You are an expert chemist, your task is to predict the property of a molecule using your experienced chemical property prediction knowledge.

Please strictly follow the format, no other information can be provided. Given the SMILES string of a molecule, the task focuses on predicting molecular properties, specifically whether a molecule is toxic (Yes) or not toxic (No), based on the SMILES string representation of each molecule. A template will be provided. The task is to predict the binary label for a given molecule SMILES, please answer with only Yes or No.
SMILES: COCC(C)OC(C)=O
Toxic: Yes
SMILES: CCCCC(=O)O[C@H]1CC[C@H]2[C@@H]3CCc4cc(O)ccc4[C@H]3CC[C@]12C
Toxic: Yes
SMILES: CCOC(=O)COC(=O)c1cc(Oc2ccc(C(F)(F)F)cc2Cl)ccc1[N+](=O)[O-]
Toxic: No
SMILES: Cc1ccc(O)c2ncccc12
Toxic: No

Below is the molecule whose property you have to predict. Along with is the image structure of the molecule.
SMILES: NNS(=O)(=O)c1ccc(Oc2ccc(S(=O)(=O)NN)cc2)cc1
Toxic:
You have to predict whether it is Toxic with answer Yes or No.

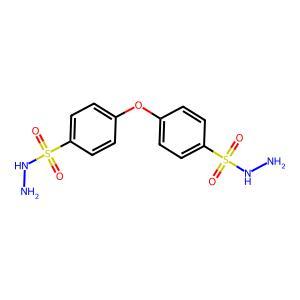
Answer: No